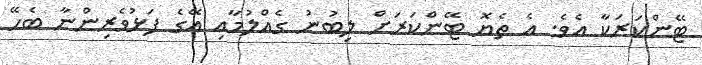
ޓޭންކަރަކާ އެވެ. އެ ތެޔޮ ޓޭންކަރަށް ލިބުނު ގެއްލުމާއި އޭގެ ފަޅުވެރިންނާ ބެހޭ